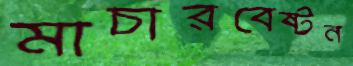
মাচারবেষ্টন